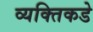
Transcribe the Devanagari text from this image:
व्यक्तिकडे